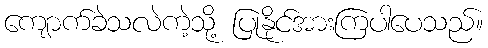
ကျောက်ခဲသလဲကဲ့သို့ ပြုနိုင်အားကြပါပေသည်။